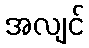
အလျင်